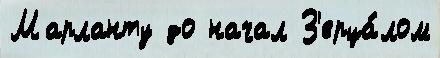
Марланту до начал З'ерца́лом